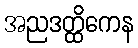
အညဒတ္ထိကေန